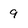
Character: 9